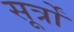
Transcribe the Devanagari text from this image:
सूर्त्रों